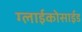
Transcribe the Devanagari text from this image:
ग्लाईकोसाईड